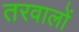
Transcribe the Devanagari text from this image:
तरवालों